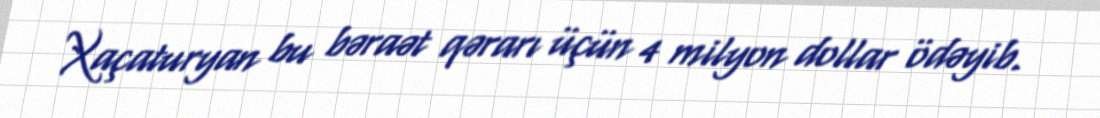
Xaçaturyan bu bəraət qərarı üçün 4 milyon dollar ödəyib.